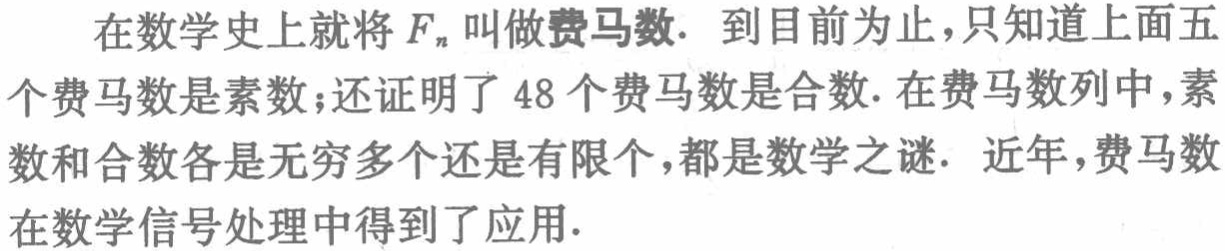
在数学史上就将\(F_{n}\)叫做费马数. 到目前为止，只知道上面五个费马数是素数；还证明了48个费马数是合数. 在费马数列中，素数和合数各是无穷多个还是有限个，都是数学之谜. 近年，费马数在数学信号处理中得到了应用.